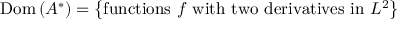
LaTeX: \operatorname { D o m } \left( A ^ { * } \right) = \left\{ { \mathrm { f u n c t i o n s ~ } } f { \mathrm { ~ w i t h ~ t w o ~ d e r i v a t i v e s ~ i n ~ } } L ^ { 2 } \right\}